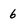
Character: 6